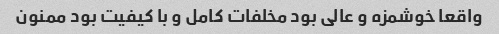
واقعا خوشمزه و عالی بود مخلفات کامل و با کیفیت بود ممنون